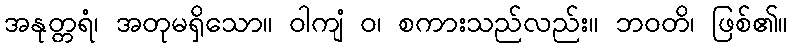
အနုတ္တရံ၊ အတုမရှိသော။ ဝါကျံ ဝ၊ စကားသည်လည်း။ ဘဝတိ၊ ဖြစ်၏။